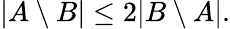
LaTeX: |A\setminus B|\leq 2|B\setminus A|.